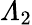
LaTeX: \varLambda_{2}